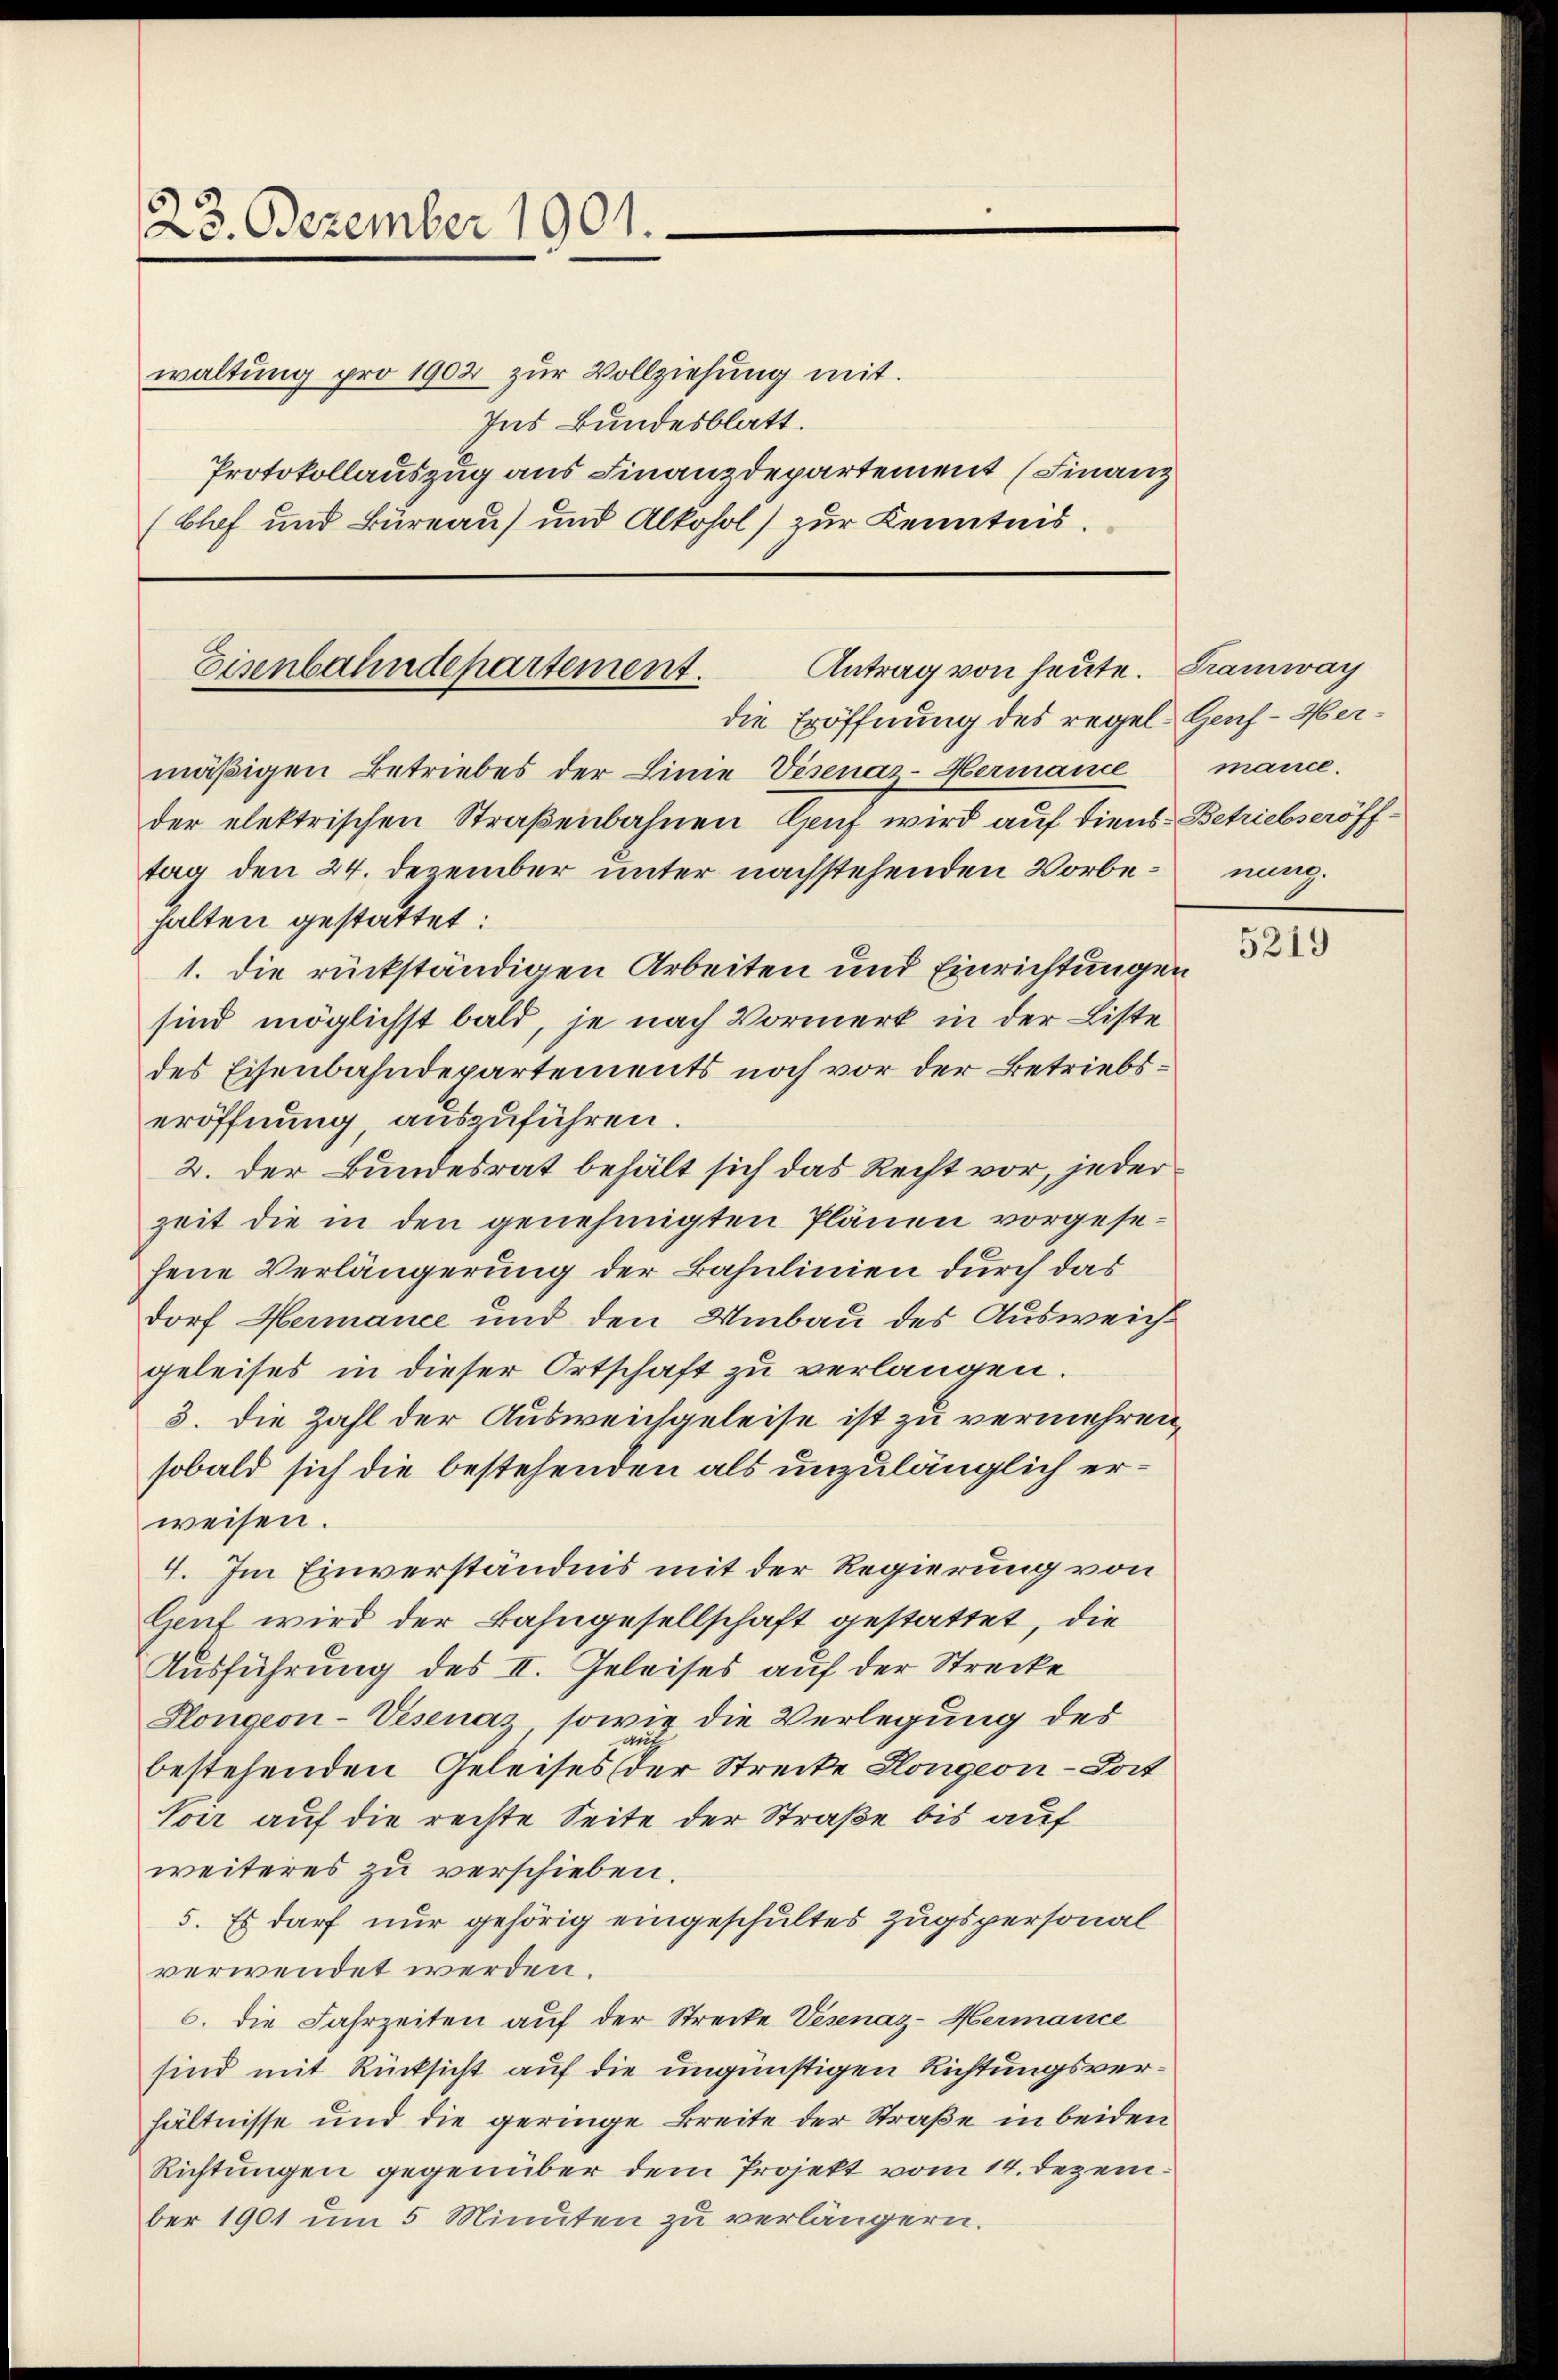
23. Dezember 1901.
waltung pro 1902 zur Vollziehung mit.
Ins Bundesblatt.
(Chef und Büreau) und Alkohol) zur Kenntnis.

Protokollauszug aus Finanzdepartement (Finanz

Antrag von heute. Tramway
Eisenbahndepartement.

die Eröffnung des regel. Genf - Hermäßigen Betriebes der Linie Visenaz-Hermance
der elektrischen Straßenbahnen Genf wird auf diens-Betriebseröfftag den 24. Dezember unter nachstehenden Vorbe-nung.
halten gestattet:
1. die rückständigen Arbeiten und Einrichtungen
sind möglichst bald, je nach Vormerk in der Liste
des Eisenbahndepartements noch vor der Betriebseröffnung, auszuführen.
2. der Bundesrat behält sich das Recht vor, jeder
zeit die in den genehmigten Plänen vorgesefene Verlängerung der Bahnlinien durch das
dorf Hermance und den Umbau des Ausweichgeleises in dieser Ortschaft zu verlangen.
3. Die Zahl der Ausweichgeleise ist zu vermehren,
sobald sich die bestehenden als unzulänglich erweisen.
4. Im Einverständnis mit der Regierung von
Genf wird der Bahngesellschaft gestattet, die
Ausführung des II. Geleises auf der Strecke
Hongeon-Vesenaz, sowie die Verlegung des
bestehenden Geleises der Strecke Hongeon-Tort
Voer auf die rechte Seite der Straße bis auf
weiteres zu verschieben.
5. Es darf nur gehörig eingeschultes Zugspersonal
verwendet werden.
6. die Fahrzeiten auf der Strecke Vesenaz-Hermance
sind mit Rücksicht auf die ungünstigen Richtungsverhältnisse und die geringe Breite der Straße in beiden
Richtungen gegenüber dem Projekt vom 14. Dezember 1901 um 5 Minuten zu verlängern.

mance.

5219